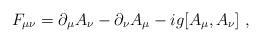
LaTeX: \begin{align*}F_{\mu\nu}= \partial_\mu A_\nu - \partial_\nu A_\mu - i g [A_\mu,A_\nu]\ ,\end{align*}